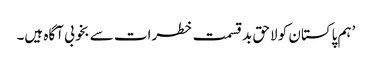
’ہم پاکستان کو لاحق بدقسمت خطرات سے بخوبی آگاہ ہیں۔